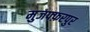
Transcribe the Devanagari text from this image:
मुजफ्फ़रपुर